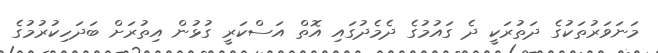
މަނަވަރުތަކުގެ ދަތުރަކީ ދެ ގައުމުގެ ދެމެދުގައި އޮތް އަސްކަރީ ގުޅުން އިތުރަށް ބަދަހިކުރުމުގެ